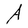
Character: A